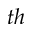
^ { t h }